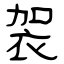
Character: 袈